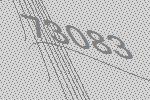
73083